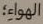
الهواء؛